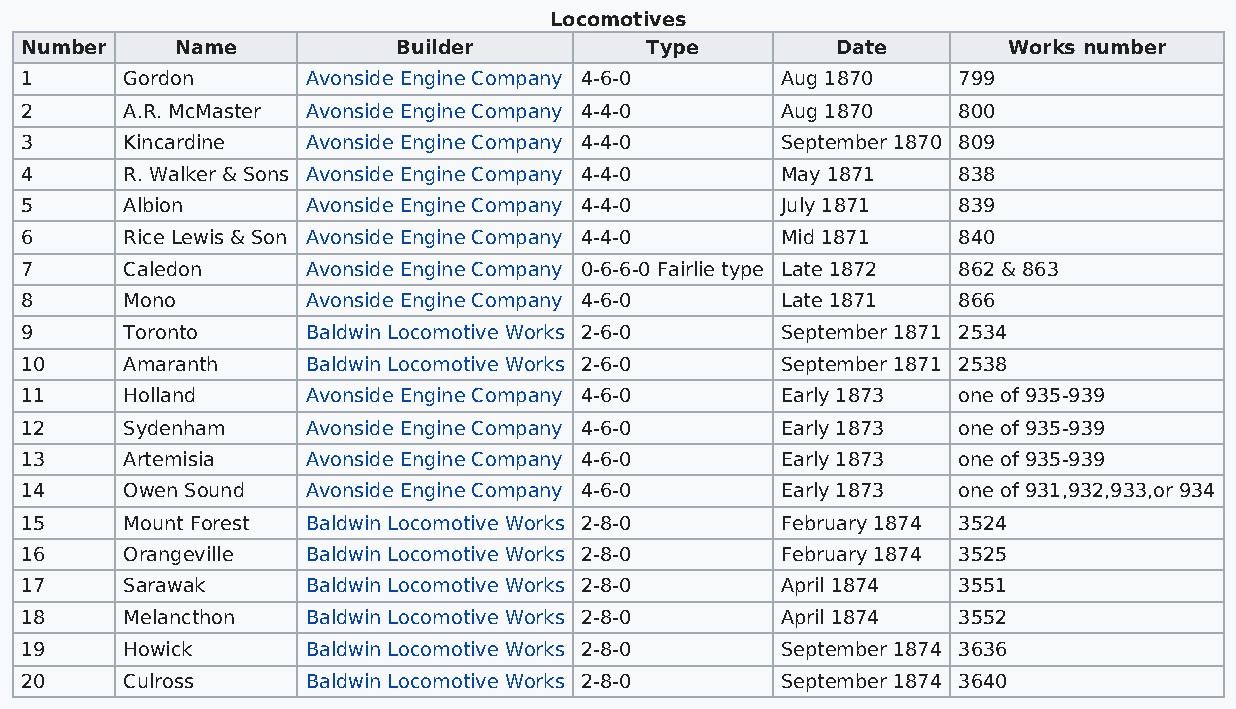
Locomotives
 Number     Name          Builder          Type        Date        Works number
 1      Gordon      Avonside Engine Company 4-6-0   Aug 1870   799
 2      A.R. McMaster Avonside Engine Company 4-4-0 Aug 1870   800
 3      Kincardine  Avonside Engine Company 4-4-0   September 1870 809
 4      R. Walker & Sons Avonside Engine Company 4-4-0 May 1871 838
 5      Albion      Avonside Engine Company 4-4-0   July 1871  839
 6      Rice Lewis & Son Avonside Engine Company 4-4-0 Mid 1871 840
 7      Caledon     Avonside Engine Company 0-6-6-0 Fairlie type Late 1872 862 & 863
 8      Mono        Avonside Engine Company 4-6-0   Late 1871  866
 9      Toronto     Baldwin Locomotive Works 2-6-0  September 1871 2534
 10     Amaranth    Baldwin Locomotive Works 2-6-0  September 1871 2538
 11     Holland     Avonside Engine Company 4-6-0   Early 1873 one of 935-939
 12     Sydenham    Avonside Engine Company 4-6-0   Early 1873 one of 935-939
 13     Artemisia   Avonside Engine Company 4-6-0   Early 1873 one of 935-939
 14     Owen Sound  Avonside Engine Company 4-6-0   Early 1873 one of 931,932,933,or 934
 15     Mount Forest Baldwin Locomotive Works 2-8-0 February 1874 3524
 16     Orangeville Baldwin Locomotive Works 2-8-0  February 1874 3525
 17     Sarawak     Baldwin Locomotive Works 2-8-0  April 1874 3551
 18     Melancthon  Baldwin Locomotive Works 2-8-0  April 1874 3552
 19     Howick      Baldwin Locomotive Works 2-8-0  September 1874 3636
 20     Culross     Baldwin Locomotive Works 2-8-0  September 1874 3640